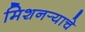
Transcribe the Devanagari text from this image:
मिशनर्‍याचे